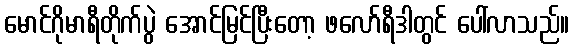
မောင်ဂိုမာရီတိုက်ပွဲ အောင်မြင်ပြီးတော့ ဖလော်ရီဒါတွင် ပေါ်လာသည်။